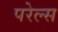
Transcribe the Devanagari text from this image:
परेल्स